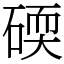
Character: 碝